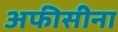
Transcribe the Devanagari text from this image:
अफीसीना